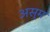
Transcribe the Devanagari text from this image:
अस्म